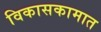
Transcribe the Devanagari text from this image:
विकासकामात